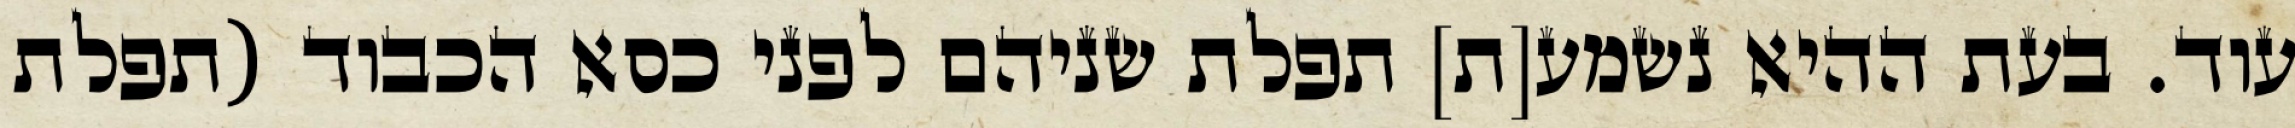
עוד. בעת ההיא נשמע[ת] תפלת שניהם לפני כסא הכבוד (תפלת